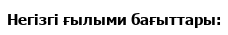
Негізгі ғылыми бағыттары: